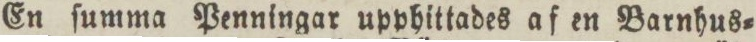
En ſumma Penningar upphittades af en Barnhus=